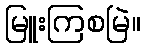
မြူးကြစမြဲ။